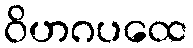
ဝိဟဂပထေ